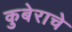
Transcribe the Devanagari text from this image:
कुबेराचे